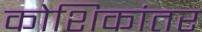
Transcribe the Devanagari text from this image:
कोशिकांतर